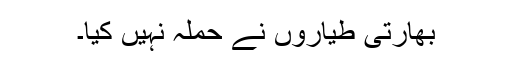
بھارتی طیاروں نے حملہ نہیں کیا۔